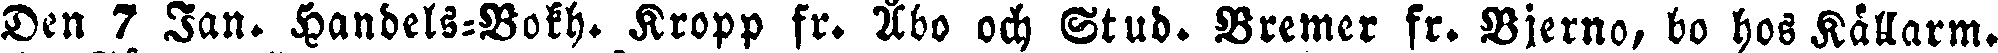
Den 7 Jan. Handels-Bokh. Kropp fr. Åbo och Stud. Bremer fr. Bjerno, bo hos Kållarm.